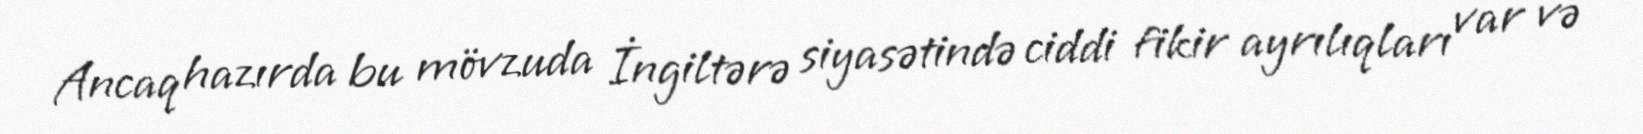
Ancaq hazırda bu mövzuda İngiltərə siyasətində ciddi fikir ayrılıqları var və